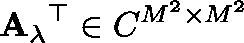
\mathbf { A _ { \lambda } } ^ { \top } \in \mathbb { C } ^ { M ^ { 2 } \times M ^ { 2 } }